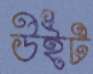
উইট